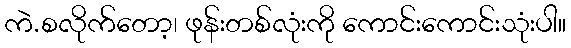
ကဲ.စလိုက်တော့၊ ဖုန်းတစ်လုံးကို ကောင်းကောင်းသုံးပါ။